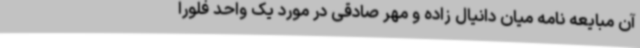
آن مبایعه نامه میان دانیال زاده و مهر صادقی در مورد یک واحد فلورا